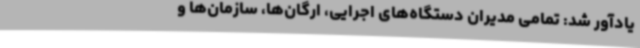
یادآور شد: تمامی مدیران دستگاه‌های اجرایی، ارگان‌ها، سازمان‌ها و